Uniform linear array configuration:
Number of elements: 8
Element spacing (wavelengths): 0.75
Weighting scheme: cosine
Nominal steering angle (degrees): -15
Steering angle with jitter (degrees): -16.575
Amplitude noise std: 0.05
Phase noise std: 0.05

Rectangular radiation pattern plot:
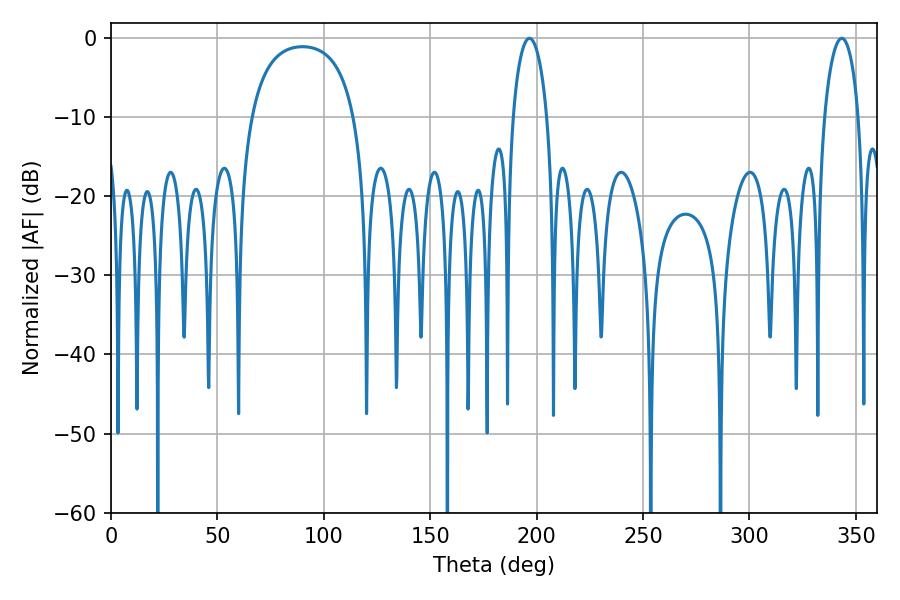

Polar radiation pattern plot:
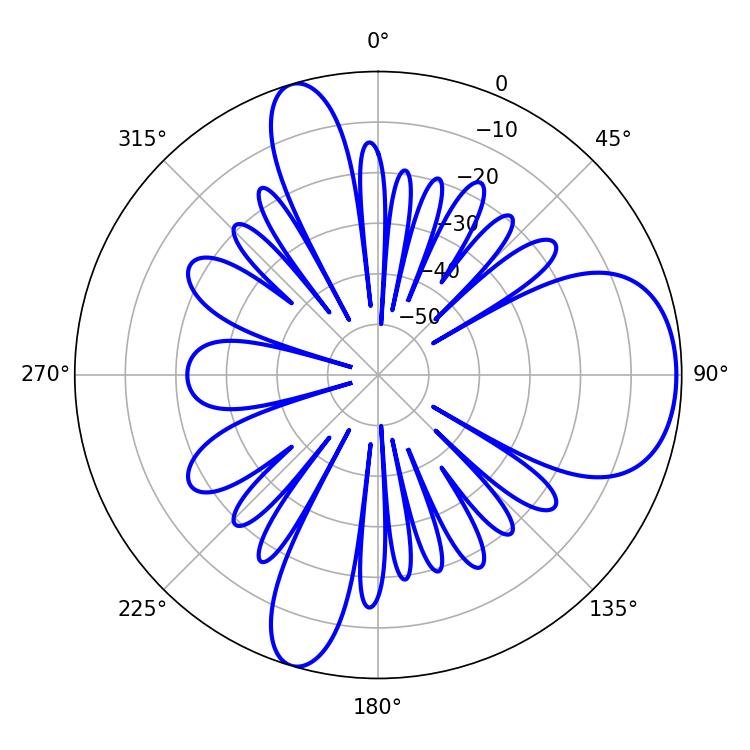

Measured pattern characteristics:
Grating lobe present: TRUE
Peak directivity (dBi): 7.699
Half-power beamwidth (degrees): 9.18
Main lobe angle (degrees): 196.56